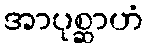
အာပုစ္ဆာဟံ